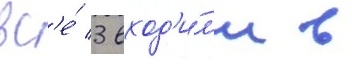
вс'е́ 3 вход'и́л'и в